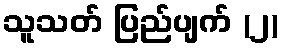
သူသတ် ပြည်ပျက် (၂)